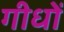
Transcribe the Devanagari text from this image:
गीधों